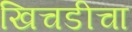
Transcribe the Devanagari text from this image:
खिचडीचा